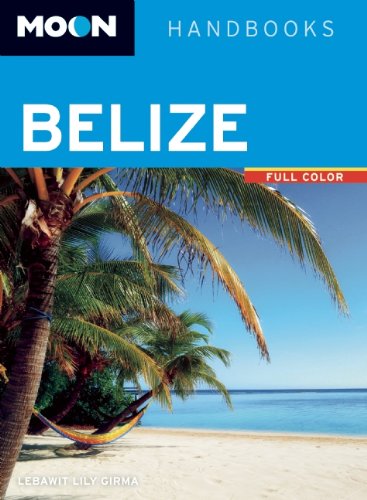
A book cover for Moon Belize (Moon Handbooks); Lebawit Lily Girma; Travel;